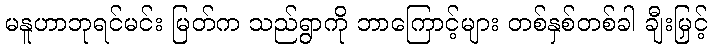
မနူဟာဘုရင်မင်း မြတ်က သည်ရွာကို ဘာကြောင့်များ တစ်နှစ်တစ်ခါ ချီးမြှင့်